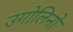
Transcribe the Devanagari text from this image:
उगोलिनो